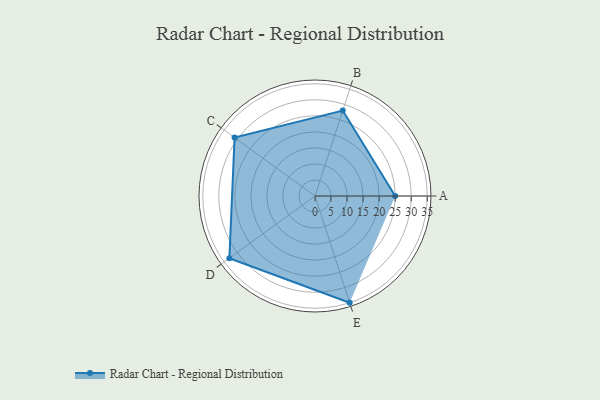
{"axis": {"x": "Skill", "y": "Score"}, "legend": ["Profile"], "data": [{"x": "A", "y": 25.0, "type": "Profile"}, {"x": "B", "y": 28.0, "type": "Profile"}, {"x": "C", "y": 31.0, "type": "Profile"}, {"x": "D", "y": 33.0, "type": "Profile"}, {"x": "E", "y": 35.0, "type": "Profile"}]}